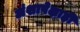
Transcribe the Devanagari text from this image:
अंशापेक्षाही